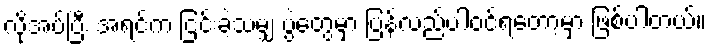
လိုအပ်ပြီး အရင်က ငြင်းခဲ့သမျှ ပွဲတွေမှာ ပြန်လည်ပါဝင်ရတော့မှာ ဖြစ်ပါတယ်။